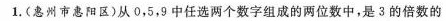
1.(惠州市惠阳区)从0，5，9中任选两个数字组成的两位数中，是3的倍数的